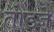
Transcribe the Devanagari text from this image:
तोडज्ञे